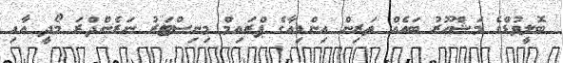
ބޮލީވުޑްގެ މަޝްހޫރު ބައެއް ތަރިން އިންޑިއާގެ ޕްރައިމް މިނިސްޓަރު ނަރެންދްރަ މޯދީ އާއި